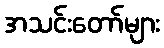
အသင်းတော်များ